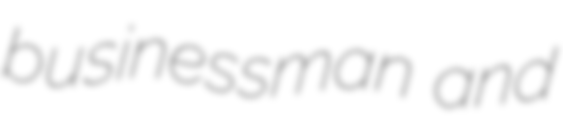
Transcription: businessman and